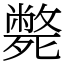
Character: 斃